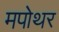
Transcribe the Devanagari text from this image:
मपोथर